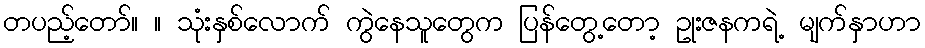
တပည့်တော်။ ။ သုံးနှစ်လောက် ကွဲနေသူတွေက ပြန်တွေ့တော့ ဥုးဇနကရဲ့ မျက်နှာဟာ